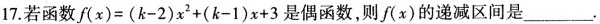
17.若函数$$f ( x ) = ( k - 2 ) x ^ { 2 } + ( k - 1 ) x + 3$$是偶函数，则f(x)的递减区间是___